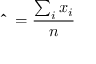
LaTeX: \mathbf { \hat { \mu } } = { \frac { \sum _ { i } x _ { i } } { n } }